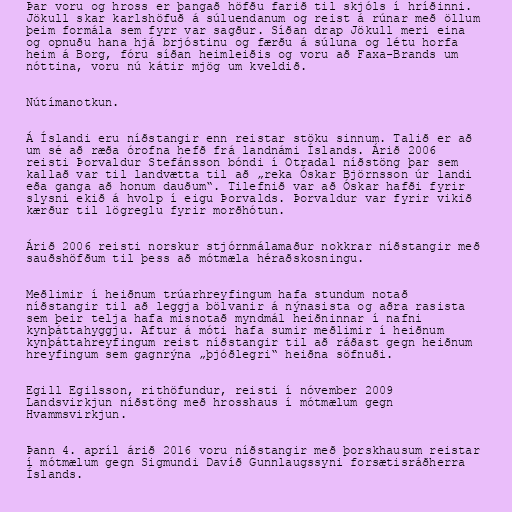
Þar voru og hross er þangað höfðu farið til skjóls í hríðinni.
Jökull skar karlshöfuð á súluendanum og reist á rúnar með öllum
þeim formála sem fyrr var sagður. Síðan drap Jökull meri eina
og opnuðu hana hjá brjóstinu og færðu á súluna og létu horfa
heim á Borg, fóru síðan heimleiðis og voru að Faxa-Brands um
nóttina, voru nú kátir mjög um kveldið.

Nútímanotkun.

Á Íslandi eru níðstangir enn reistar stöku sinnum. Talið er að
um sé að ræða órofna hefð frá landnámi Íslands. Árið 2006
reisti Þorvaldur Stefánsson bóndi í Otradal níðstöng þar sem
kallað var til landvætta til að „reka Óskar Björnsson úr landi
eða ganga að honum dauðum“. Tilefnið var að Óskar hafði fyrir
slysni ekið á hvolp í eigu Þorvalds. Þorvaldur var fyrir vikið
kærður til lögreglu fyrir morðhótun.

Árið 2006 reisti norskur stjórnmálamaður nokkrar níðstangir með
sauðshöfðum til þess að mótmæla héraðskosningu.

Meðlimir í heiðnum trúarhreyfingum hafa stundum notað
níðstangir til að leggja bölvanir á nýnasista og aðra rasista
sem þeir telja hafa misnotað myndmál heiðninnar í nafni
kynþáttahyggju. Aftur á móti hafa sumir meðlimir í heiðnum
kynþáttahreyfingum reist níðstangir til að ráðast gegn heiðnum
hreyfingum sem gagnrýna „þjóðlegri“ heiðna söfnuði.

Egill Egilsson, rithöfundur, reisti í nóvember 2009
Landsvirkjun níðstöng með hrosshaus í mótmælum gegn
Hvammsvirkjun.

Þann 4. apríl árið 2016 voru níðstangir með þorskhausum reistar
í mótmælum gegn Sigmundi Davíð Gunnlaugssyni forsætisráðherra
Íslands.